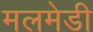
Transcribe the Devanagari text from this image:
मलमेडी